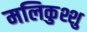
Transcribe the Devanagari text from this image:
मलिकुश्शु